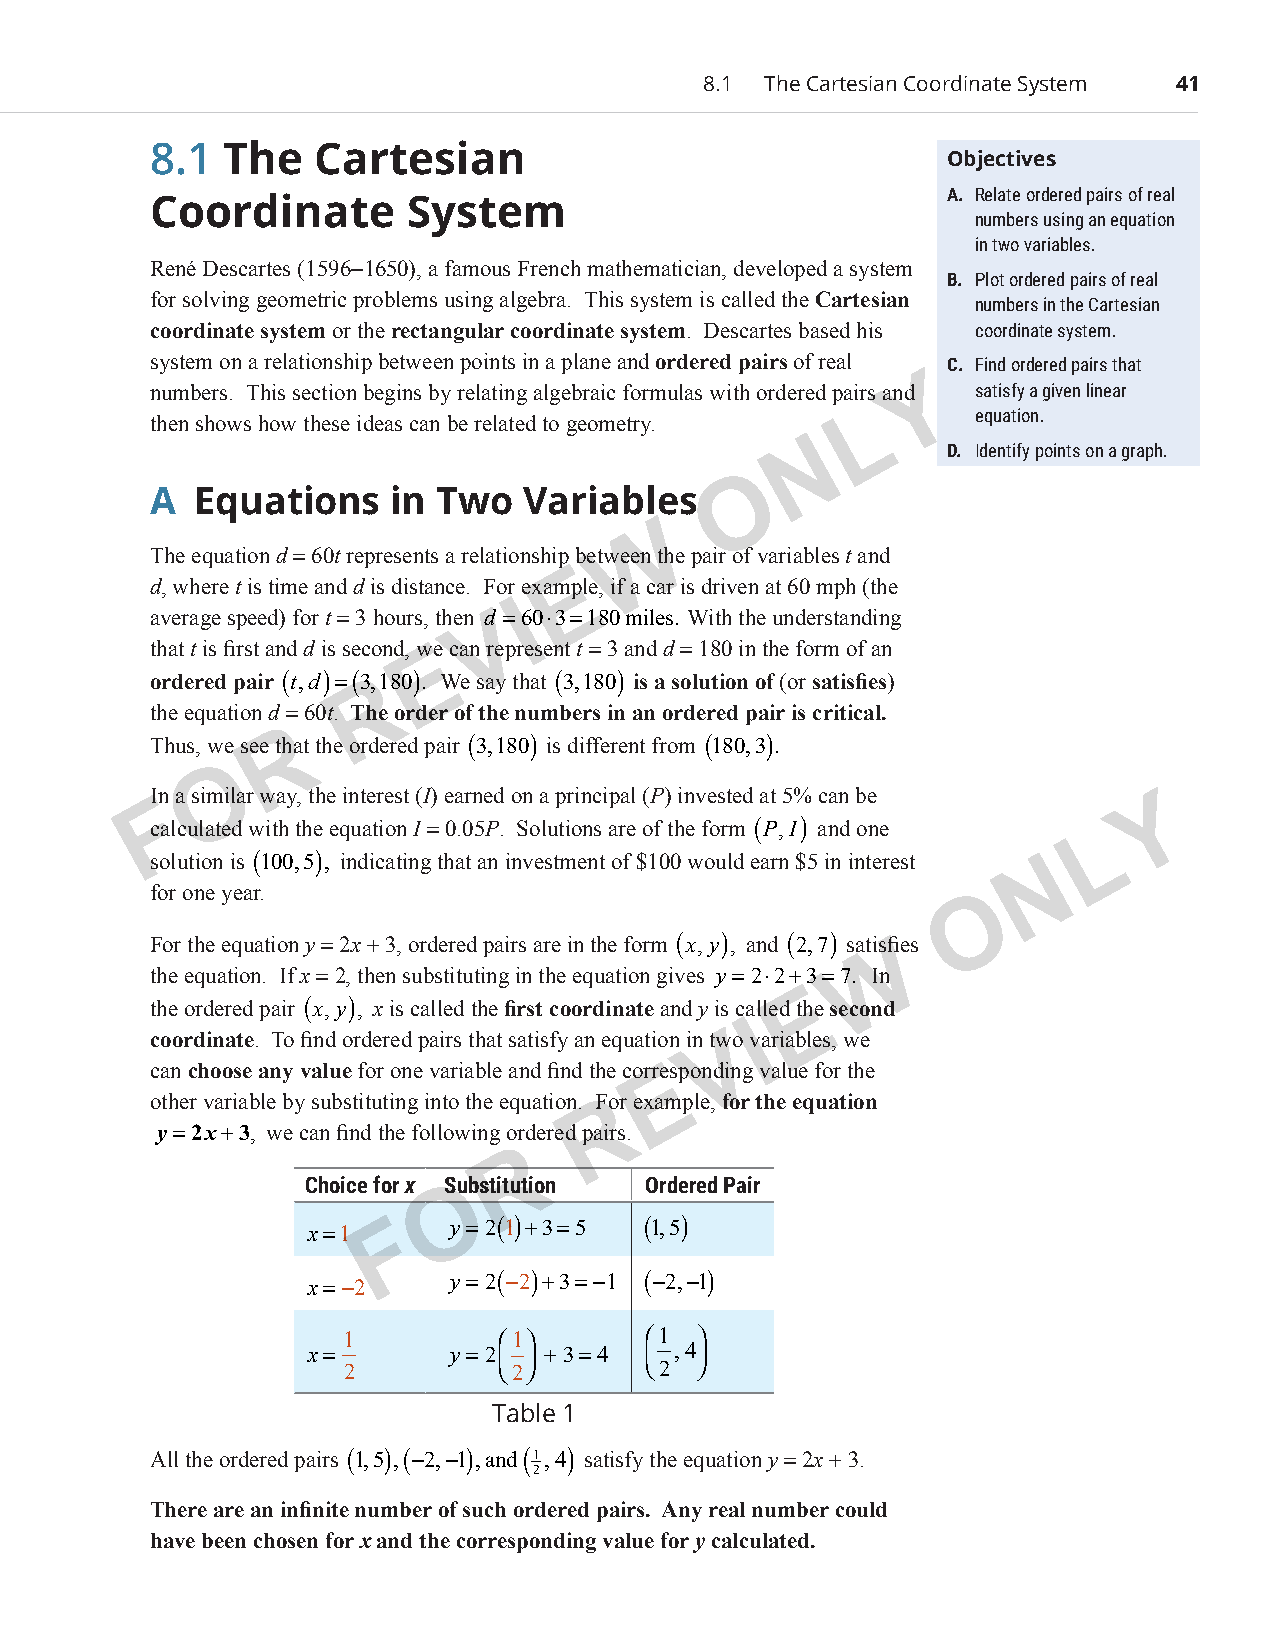
8.1 The Cartesian Coordinate System 41
 8.1  The   Cartesian
 Objectives
 A. Relate ordered pairs of real
 Coordinate       System
 numbers using an equation
 in two variables.
 René Descartes (1596−1650), a famous French mathematician, developed a system
 B. Plot ordered pairs of real
 for solving geometric problems using algebra. This system is called the Cartesian numbers in the Cartesian
 coordinate system or the rectangular coordinate system. Descartes based his coordinate system.
 system on a relationship between points in a plane and ordered pairs of real C . Find ordered pairs that
 Y
 numbers. This section begins by relating algebraic formulas with ordered pairs and satisfy a given linear
 L      equation.
 then shows how these ideas can be related to geometry.
 N
 D. Identify points on a graph.
 O
 A  Equations    in Two   Variables
 W
 The equation d = 60t represents a relationship between the pair of variables t and
 E
 d, where t is time and d is distance. For example, if a car is driven at 60 mph (the
 I
 average speed) for t = 3 hours, then dV=60⋅3=180miles. With the understanding
 that t is first and d is second, wEe can represent t = 3 and d = 180 in the form of an
 ordered pair (t,d)=(3R,180). We say that (3,180) is a solution of (or satisfies)
 the equation d = 60t. The order of the numbers in an ordered pair is critical.
 Thus, we see tR hat the ordered pair (3,180) is different from (180,3).
 O
 In a similar way, the interest (I) earned on a principal (P) invested at 5% can be
 F                                                                 Y
 calculated with the equation I = 0.05P. Solutions are of the form (P,I) and one
 L
 solution is (100,5), indicating that an investment of $100 would earn $5 in interest N
 for one year.
 O
 For the equation y = 2x + 3, ordered pairs are in the form (x, y), and (2,7) satisfies
 W
 the equation. If x = 2, then substituting in the equation gives y=2⋅2+3=7. In
 E
 the ordered pair (x, y), x is called the first coordinate and y is called the second
 coordinate . To find ordered pairs that satisfy an equation in twVo
 vI
 ariables, we
 can choose any value for one variable and find the correEsponding value for the
 other variable by substituting into the equation. FRor example, for the equation
 y=2x+3, we can find the following ordered pairs.
 R
 Choice for x OSubstitution Ordered Pair
 x=1  F   y=2(1)+3=5   (1,5)
 x=−2
 y=2(−2)+3=−1 (−2,−1)
 1         1       1 
 x=
 2
 y=2  2 + 3=4  2,4 
 Table 1
 All the ordered pairs (1,5),(−2,−1),and(1,4) satisfy the equation y = 2x + 3.
 2
 There are an infinite number of such ordered pairs. Any real number could
 have been chosen for x and the corresponding value for y calculated.
 PCM_Marketing_Booklet.indb 41                                            10/11/2017 9:59:46 AM